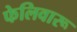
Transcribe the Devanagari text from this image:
फेलिवारू